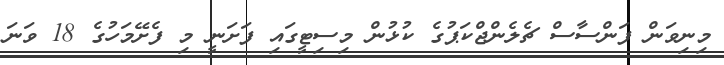
މިނިވަން ފަންސާސް ޗެލެންޖްކަޕުގެ ކުޅުން މިސިޓީގައި ފަށަނީ މި ފެށޭމަހުގެ 18 ވަނަ